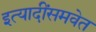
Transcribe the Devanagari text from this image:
इत्यादींसमवेत